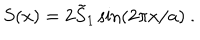
S ( x ) = 2 \tilde { S } _ { 1 } \sin ( 2 \pi x / a ) \ .